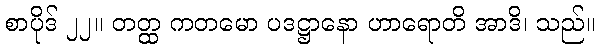
စာပိုဒ် ၂၂။ တတ္ထ ကတမော ပဒဋ္ဌာနော ဟာရောတိ အာဒိ၊ သည်။